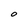
Character: O